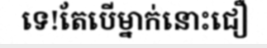
ទេ!តែបើម្នាក់នោះជឿ